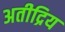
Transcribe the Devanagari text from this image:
अतीद्रिय